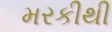
મરકીથી